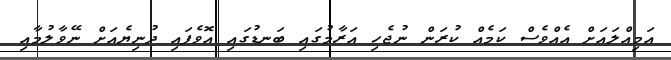
އަމިއްލައަށް އެއްވެސް ކަމެއް ކުރަން ނުޖެހި އަރާމުގައި ބަނޑުގައި އޮވެފައި ދުނިޔެއަށް ނޭވާލުމާއި